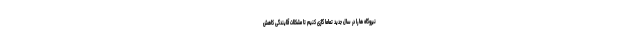
نیروگاه ها را در سال جدید تماما گازی کنیم تا مشکلات آلایندگی کاهش